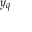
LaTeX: \scriptstyle y _ { q }